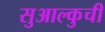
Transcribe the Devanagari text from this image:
सुआल्कुची